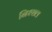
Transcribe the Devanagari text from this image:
निश्छ्ल